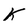
Character: K